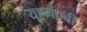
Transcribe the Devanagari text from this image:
यूएनएबी